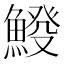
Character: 𩸿